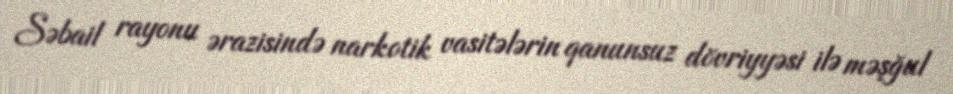
Səbail rayonu ərazisində narkotik vasitələrin qanunsuz dövriyyəsi ilə məşğul